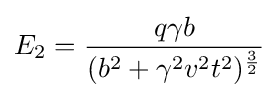
E_{2}={\frac {q\gamma b}{(b^{2}+\gamma ^{2}v^{2}t^{2})^{\frac {3}{2}}}}